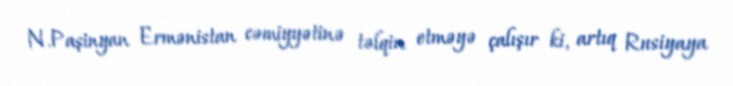
N.Paşinyan Ermənistan cəmiyyətinə təlqin etməyə çalışır ki, artıq Rusiyaya